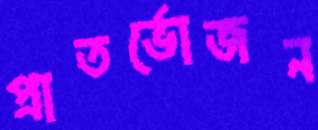
প্রাতর্ভোজন